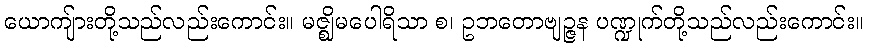
ယောကျ်ားတို့သည်လည်းကောင်း။ မဇ္ဈိမပေါရိသာ စ၊ ဥဘတောဗျဉ္ဇန ပဏ္ဍုက်တို့သည်လည်းကောင်း။